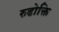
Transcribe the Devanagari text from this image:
रुढोक्ति